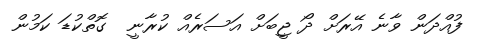
ފުއްދަން ވާނެ އޭރަށް ދޯ ޖީބަށް އަސަރެއް ކުރާނީ  ގޮތްކުޑަ ކަމުން